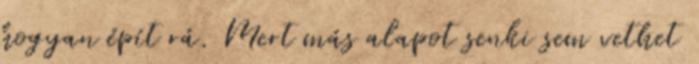
hogyan épít rá. Mert más alapot senki sem vethet